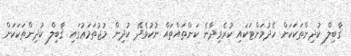
ޤާބިލް ކުދިންތަކަކަށް ހެދުމަށްޓަކައި ކުރެވިދާނެ ކަންތައްތައް ނުކުޅެދޭ ކުދިން މުޖުތަމަޢުގައި ޤާބިލް ކުދިންތަކަކަށް